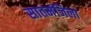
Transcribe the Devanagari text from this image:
सातमंजिला